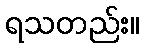
ရသတည်း။